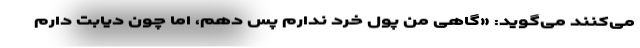
می‌کنند می‌گوید: «گاهی من پول خرد ندارم پس دهم، اما چون دیابت دارم